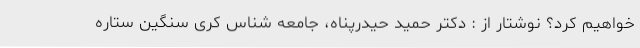
خواهیم کرد؟ نوشتار از : دکتر حمید حیدرپناه، جامعه شناس کری سنگین ستاره